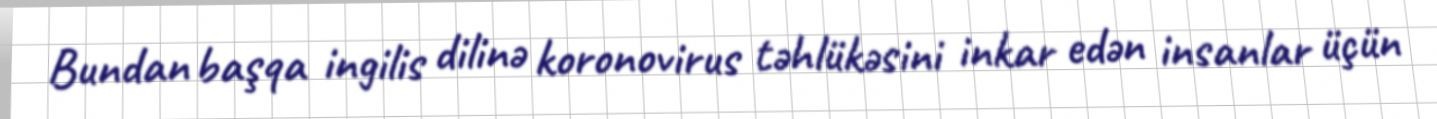
Bundan başqa ingilis dilinə koronovirus təhlükəsini inkar edən insanlar üçün